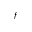
^ f